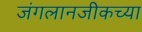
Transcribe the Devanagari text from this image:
जंगलानजीकच्या